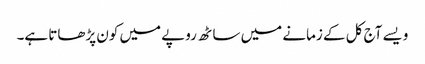
ویسے آج کل کے زمانے میں ساٹھ روپے میں کون پڑھاتا ہے۔